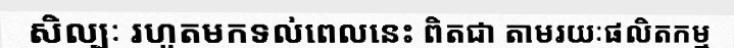
សិល្បៈ រហូតមកទល់ពេលនេះ ពិតជា តាមរយៈផលិតកម្ម